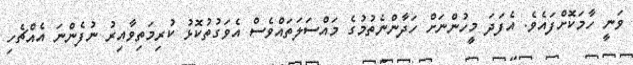
ވަނީ ހާމަކޮށްފައެވެ. އެފަދަ މީހުންނަށް ހަދާންނެތުމުގެ މައްސަލަތައްވެސް އެވަގުތުކޮޅު ކުރިމަތިވާއިރު ނުފެންނަ އެއްޗެހި